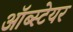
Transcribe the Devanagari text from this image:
ऑब्स्टेयर